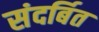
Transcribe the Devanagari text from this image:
संदर्बित